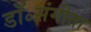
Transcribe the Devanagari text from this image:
डॉ॰संगीता